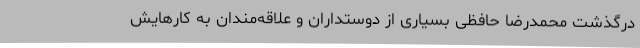
درگذشت محمدرضا حافظی بسیاری از دوستداران و علاقه‌مندان به کارهایش